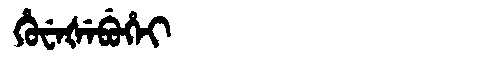
Manchu: ᡥᡠᠸᡝᡧᡝᠪᡠᡥᡝᡳ
Romanization: HUWEŠEBUHEI